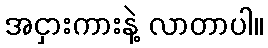
အငှားကားနဲ့ လာတာပါ။